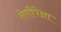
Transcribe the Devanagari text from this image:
लेणींपेक्षा